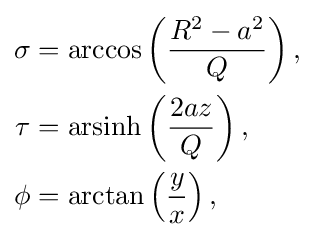
{\begin{aligned}\sigma &=\arccos \left({\dfrac {R^{2}-a^{2}}{Q}}\right),\\\tau &=\operatorname {arsinh} \left({\dfrac {2az}{Q}}\right),\\\phi &=\arctan \left({\dfrac {y}{x}}\right),\end{aligned}}